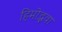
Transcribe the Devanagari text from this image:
हिमोद्भवा